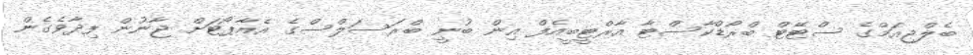
ބެލްޖިއަމްގެ ސްޓޭޓް ބްރޯޑްކާސްޓާ އާރްޓީބީއެފް އިން ބުނީ ބްރަސަލްސްގެ އެއާޕޯޓަށް ޖާނުން ފިދާވެގެން